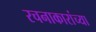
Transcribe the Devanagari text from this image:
रचनाकारांच्या